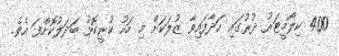
400 ކިލޯމީޓަރު ދުރުގައި ހަދާފައިވާ ޒުލަކަށް މި މަހު ކުރީކޮޅު ބަދަލުކޮށްފަ އެވެ.